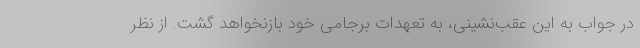
در جواب به این عقب‌نشینی، به تعهدات برجامی خود بازنخواهد گشت. از نظر